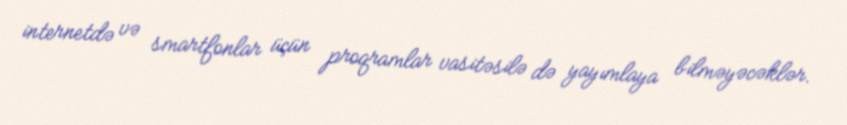
internetdə və smartfonlar üçün proqramlar vasitəsilə də yayımlaya bilməyəcəklər.